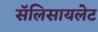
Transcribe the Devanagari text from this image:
सॅलिसायलेट